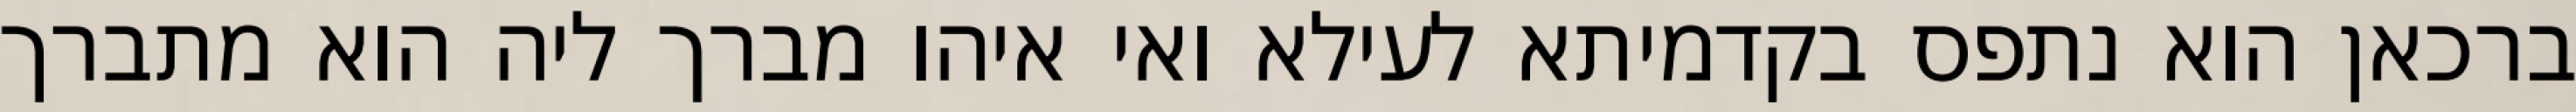
ברכאן הוא נתפס בקדמיתא לעילא ואי איהו מברך ליה הוא מתברך